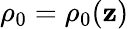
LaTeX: \rho_{0}=\rho_{0}(\mathbf{z})